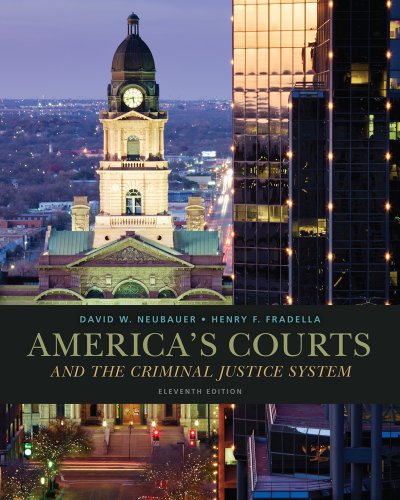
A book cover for Cengage Advantage Books: America's Courts and the Criminal Justice System; David W. Neubauer; Law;